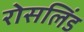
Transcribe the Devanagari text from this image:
रोसलिंड